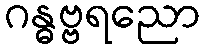
ဂန္ဓဗ္ဗရညော